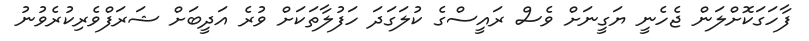
ފާހަގަކޮށްލަން ޖެހެނީ ޔަގީނަށް ވެސް ރައީސްގެ ކުލަގަދަ ހަފުލާތަކަށް ވުރެ އަދީބަށް ޝަރަފްވެރިކުރެވުނު